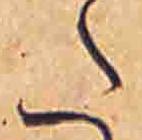
た